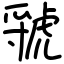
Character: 虢